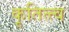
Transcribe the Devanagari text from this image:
कृतित्त्व